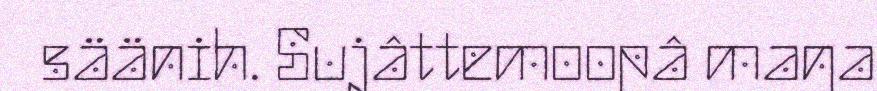
säänih. Sujâttemoopâ maŋa